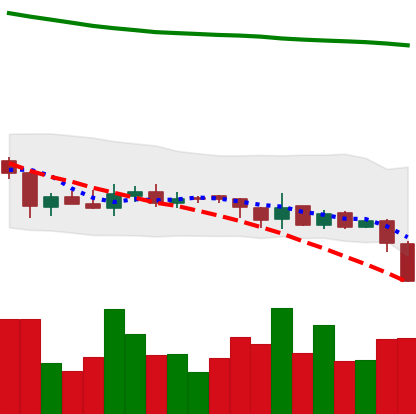
Ticker: XRP-USD
Chart end date: 2018-08-07
Forward return: -21.82%
Label: down_7plus